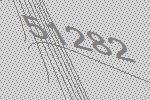
51282